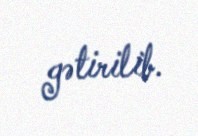
gətirilib.